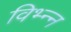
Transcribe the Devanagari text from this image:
विभ्न्न